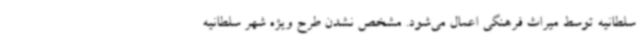
سلطانیه توسط میراث فرهنگی اعمال می‌شود. مشخص نشدن طرح ویژه شهر سلطانیه